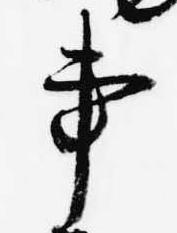
事